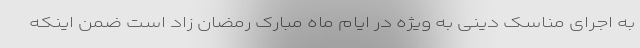
به اجرای مناسک دینی به ویژه در ایام ماه مبارک رمضان زاد است ضمن اینکه